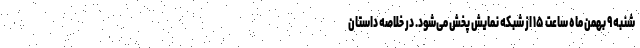
شنبه ۹ بهمن ماه ساعت ۱۵ از شبکه نمایش پخش می‌شود. در خلاصه داستان